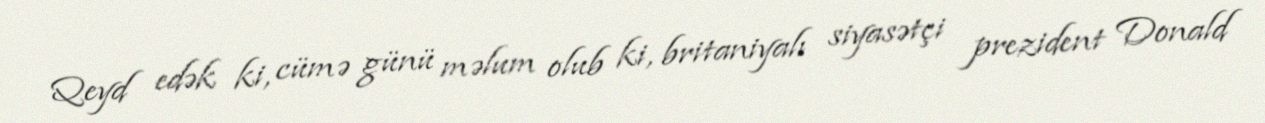
Qeyd edək ki, cümə günü məlum olub ki, britaniyalı siyasətçi prezident Donald